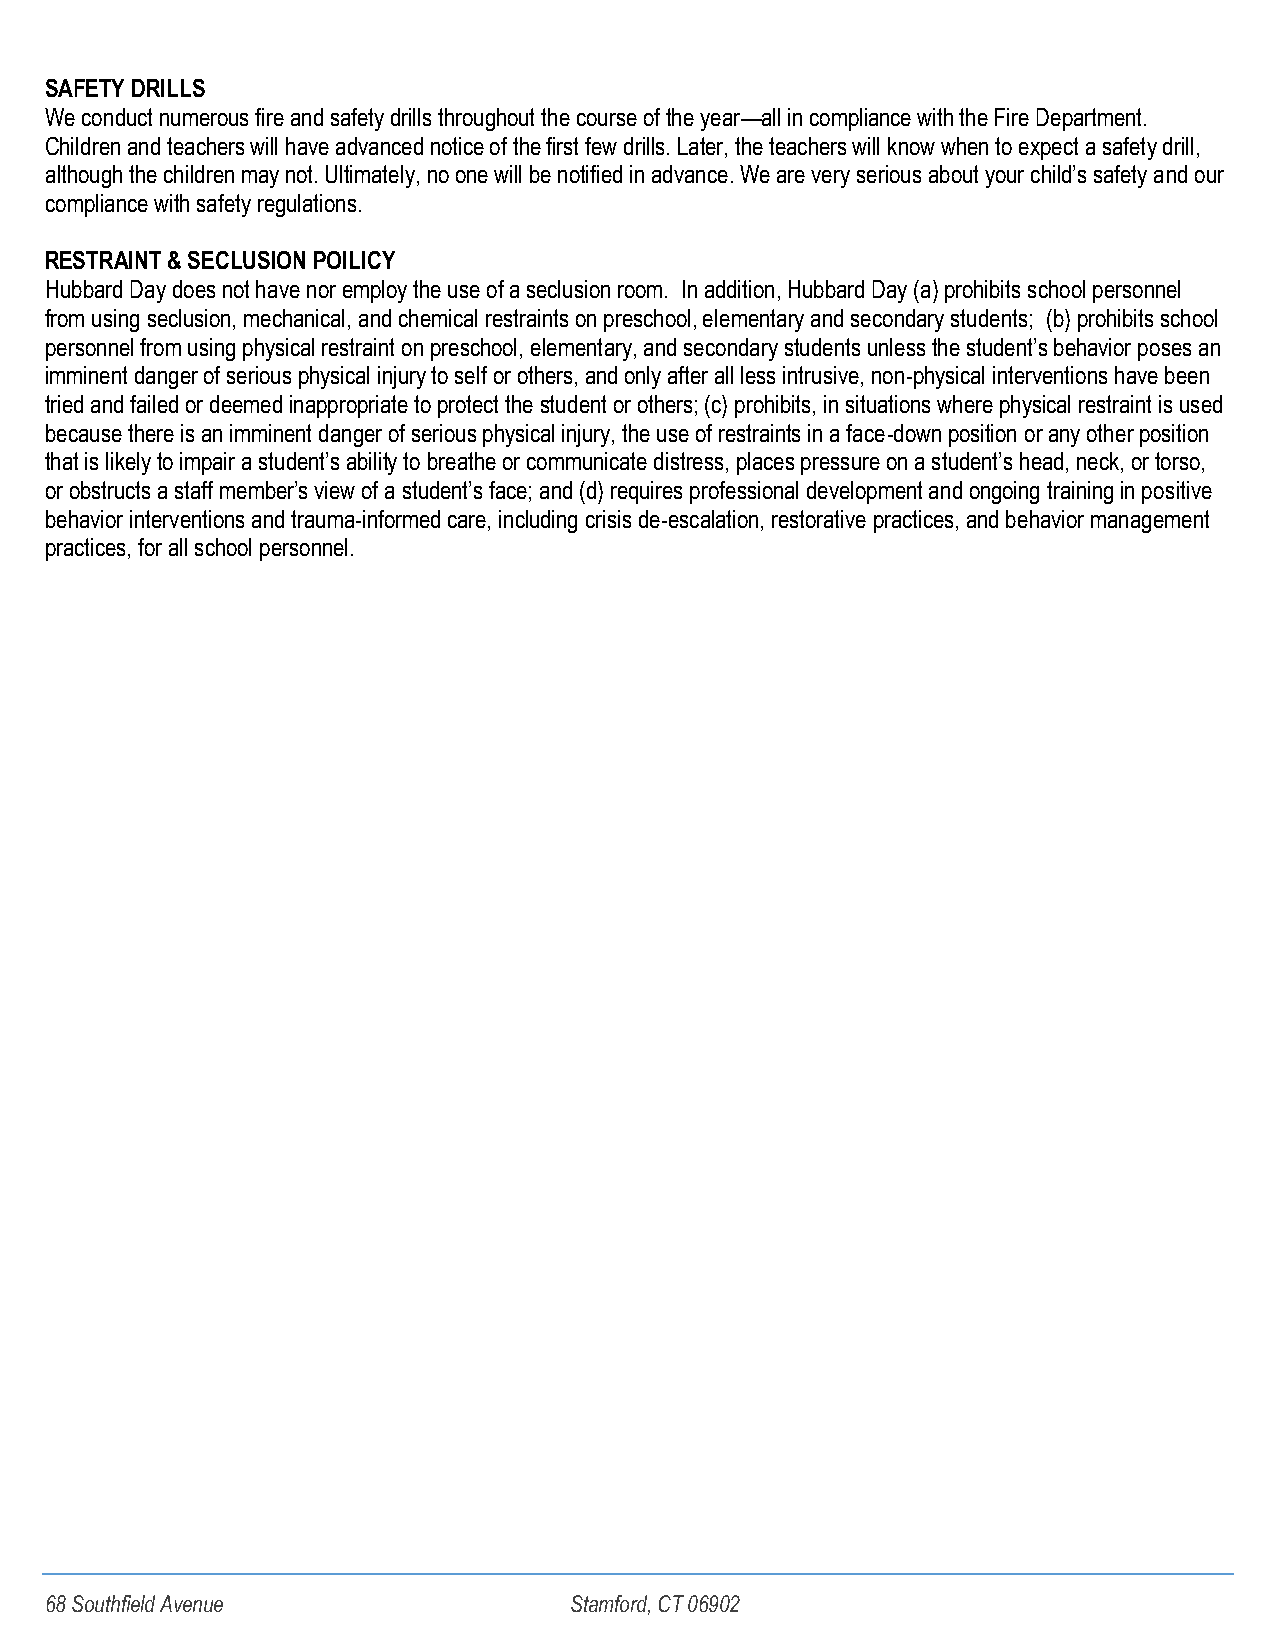
SAFETY DRILLS
 We conduct numerous fire and safety drills throughout the course of the year—all in compliance with the Fire Department.
 Children and teachers will have advanced notice of the first few drills. Later, the teachers will know when to expect a safety drill,
 although the children may not. Ultimately, no one will be notified in advance. We are very serious about your child’s safety and our
 compliance with safety regulations.
 RESTRAINT & SECLUSION POILICY
 Hubbard Day does not have nor employ the use of a seclusion room. In addition, Hubbard Day (a) prohibits school personnel
 from using seclusion, mechanical, and chemical restraints on preschool, elementary and secondary students; (b) prohibits school
 personnel from using physical restraint on preschool, elementary, and secondary students unless the student’s behavior poses an
 imminent danger of serious physical injury to self or others, and only after all less intrusive, non-physical interventions have been
 tried and failed or deemed inappropriate to protect the student or others; (c) prohibits, in situations where physical restraint is used
 because there is an imminent danger of serious physical injury, the use of restraints in a face-down position or any other position
 that is likely to impair a student’s ability to breathe or communicate distress, places pressure on a student’s head, neck, or torso,
 or obstructs a staff member’s view of a student’s face; and (d) requires professional development and ongoing training in positive
 behavior interventions and trauma-informed care, including crisis de-escalation, restorative practices, and behavior management
 practices, for all school personnel.
 68 Southfield Avenue               Stamford, CT 06902